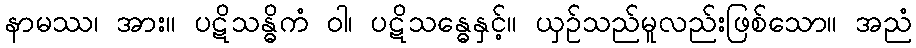
နာမဿ၊ အား။ ပဋိသန္ဓိကံ ဝါ၊ ပဋိသန္ဓေနှင့်။ ယှဉ်သည်မူလည်းဖြစ်သော။ အညံ